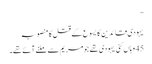
”
یہودی قائدین کا یسوع کے قتل کا منصوبہ
45 وہاں کئی یہودی تھے جو مریم سے ملنے آئے تھے۔